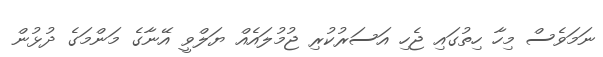
ނަމަވެސް މިހާ ހިތުގައި ޖެހި އަސަރުކުރި ޖުމުލައެއް ޔަލްވީ އޭނާގެ މަންމަގެ ދުޅުން